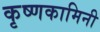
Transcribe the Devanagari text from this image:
कृष्णकामिनी